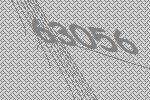
63056